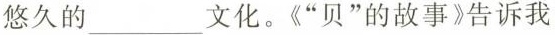
悠久的___文化。《”贝”的故事》告诉我